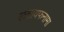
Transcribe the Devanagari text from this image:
लतायफनामा